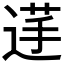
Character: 𮞞